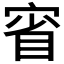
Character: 𡨽